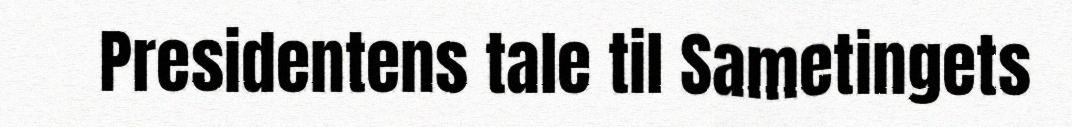
Presidentens tale til Sametingets